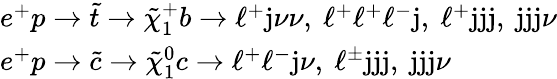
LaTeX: \begin{array}{l}{{e^{+}p\rightarrow\tilde{t}\rightarrow\tilde{\chi}_{1}^{+}b\rightarrow\ell^{+}\mathrm{j}\nu\nu,~\ell^{+}\ell^{+}\ell^{-}\mathrm{j},~\ell^{+}\mathrm{jjj},~\mathrm{jjj}\nu}}\\ {{e^{+}p\rightarrow\tilde{c}\rightarrow\tilde{\chi}_{1}^{0}c\rightarrow\ell^{+}\ell^{-}\mathrm{j}\nu,~\ell^{\pm}\mathrm{jjj},~\mathrm{jjj}\nu}}\end{array}